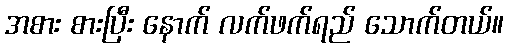
အစား စားပြီး နောက် လက်ဖက်ရည် သောက်တယ်။